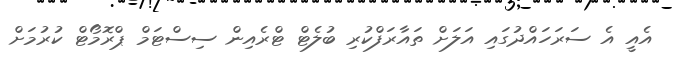
އެއީ އެ ސަރަހައްދުގައި އަލަށް ތައާރަފްކުރި ބުލެޓް ޓްރެއިން ސިސްޓަމް ޕްރޮމޯޓް ކުރުމަށް